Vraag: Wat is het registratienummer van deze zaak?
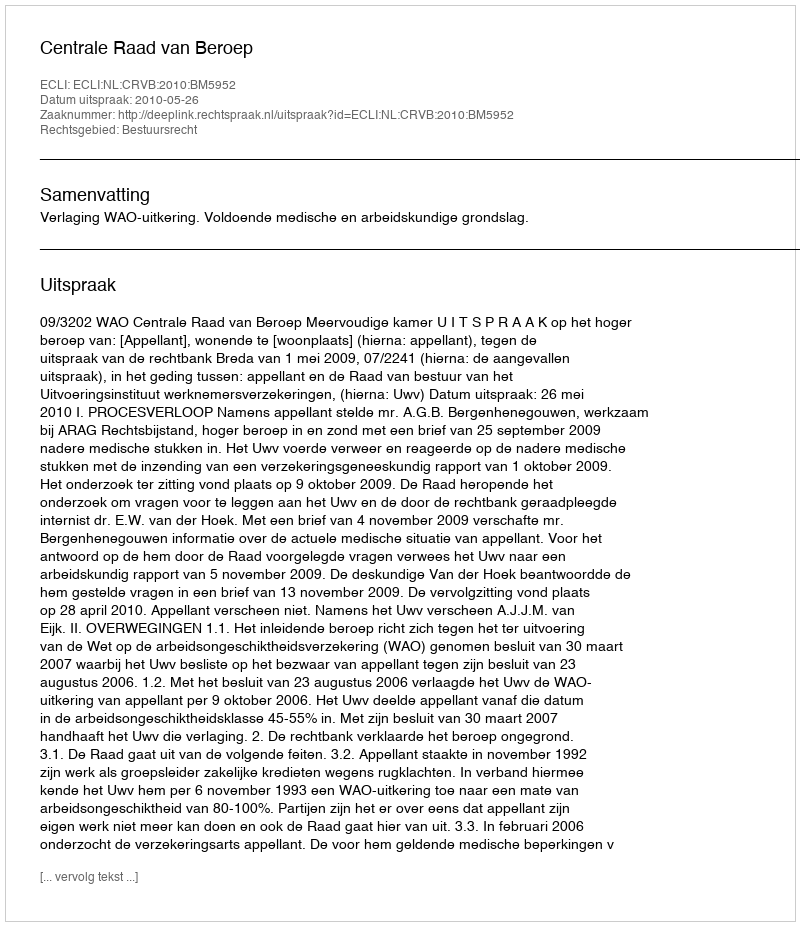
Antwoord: http://deeplink.rechtspraak.nl/uitspraak?id=ECLI:NL:CRVB:2010:BM5952